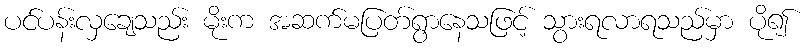
ပင်ပန်းလှချေသည်း မိုးက အဆက်မပြတ်ရွာနေသဖြင့် သွားရလာရသည်မှာ ပို၍